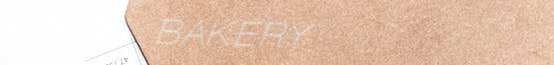
FRESH BAKERY